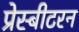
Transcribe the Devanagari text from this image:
प्रेस्बीटरन